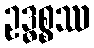
ဥဒ္ဓစ္စဿ